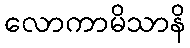
လောကာမိသာနိ